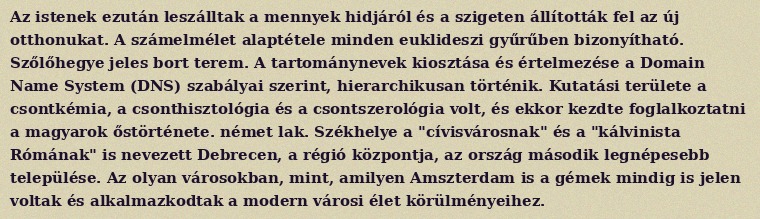
Az istenek ezután leszálltak a mennyek hidjáról és a szigeten állították fel az új otthonukat. A számelmélet alaptétele minden euklideszi gyűrűben bizonyítható. Szőlőhegye jeles bort terem. A tartománynevek kiosztása és értelmezése a Domain Name System (DNS) szabályai szerint, hierarchikusan történik. Kutatási területe a csontkémia, a csonthisztológia és a csontszerológia volt, és ekkor kezdte foglalkoztatni a magyarok őstörténete. német lak. Székhelye a "cívisvárosnak" és a "kálvinista Rómának" is nevezett Debrecen, a régió központja, az ország második legnépesebb települése. Az olyan városokban, mint, amilyen Amszterdam is a gémek mindig is jelen voltak és alkalmazkodtak a modern városi élet körülményeihez.